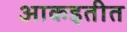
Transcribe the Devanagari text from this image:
आकइतीत